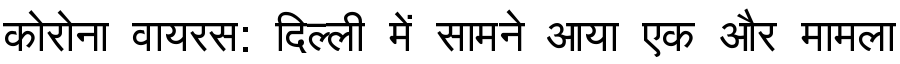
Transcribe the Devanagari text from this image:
कोरोना वायरस: दिल्ली में सामने आया एक और मामला